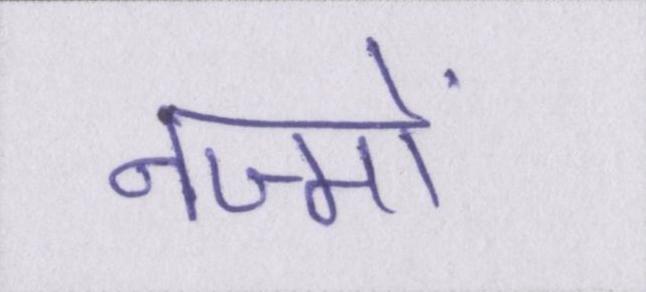
नज्मों